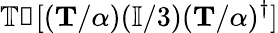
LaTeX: \mathbb{Tr}[(\mathbf{T}/\alpha)(\mathbb{I}/3)(\mathbf{T}/\alpha)^{\dagger}]